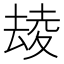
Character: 𡕮